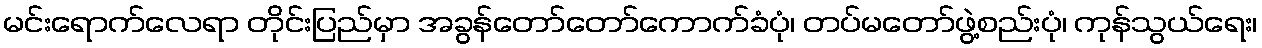
မင်းရောက်လေရာ တိုင်းပြည်မှာ အခွန်တော်တော်ကောက်ခံပုံ၊ တပ်မတော်ဖွဲ့စည်းပုံ၊ ကုန်သွယ်ရေး၊